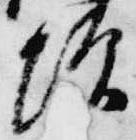
増